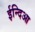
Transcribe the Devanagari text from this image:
ईन्दिआ